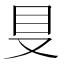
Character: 𰆸